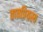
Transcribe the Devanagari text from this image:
तातप्रियस्य